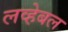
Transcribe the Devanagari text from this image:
लव्हेबल